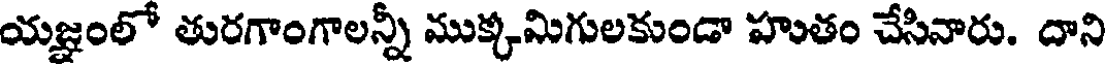
యజ్ఞంలో తురగాంగాలన్నీ ముక్కమిగులకుండా హుతం చేసినారు. దాని